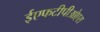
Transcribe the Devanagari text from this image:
ईएफटीपीओएस